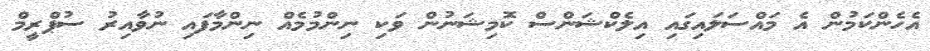
އެހެންކަމުން އެ މައްސަލައިގައި އިލެކްޝަންސް ކޮމިޝަނުން ވަކި ނިންމުމެއް ނިންމާފައި ނުވާއިރު ސުޕްރީމް